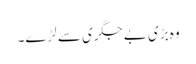
وہ بڑی بے جگری سے لڑے۔